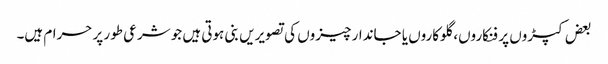
بعض کپڑوں پر فنکاروں، گلوکاروں یا جاندار چیزوں کی تصویریں بنی ہوتی ہیں جو شرعی طور پر حرام ہیں۔